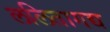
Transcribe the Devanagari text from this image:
ललितागद्य